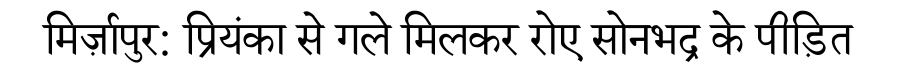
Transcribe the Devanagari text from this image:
मिर्ज़ापुर: प्रियंका से गले मिलकर रोए सोनभद्र के पीड़ित